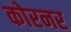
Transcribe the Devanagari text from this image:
कोरनर